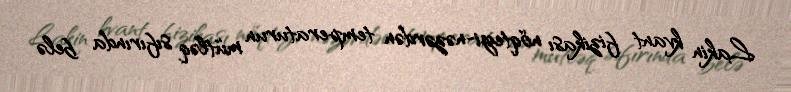
Lakin kvant fizikası nöqteyi-nəzərdən temperaturun mütləq sıfırında belə